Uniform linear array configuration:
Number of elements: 12
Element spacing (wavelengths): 1
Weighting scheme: kaiser
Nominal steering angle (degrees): -15
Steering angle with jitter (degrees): -14.193
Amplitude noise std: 0.05
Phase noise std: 0.05

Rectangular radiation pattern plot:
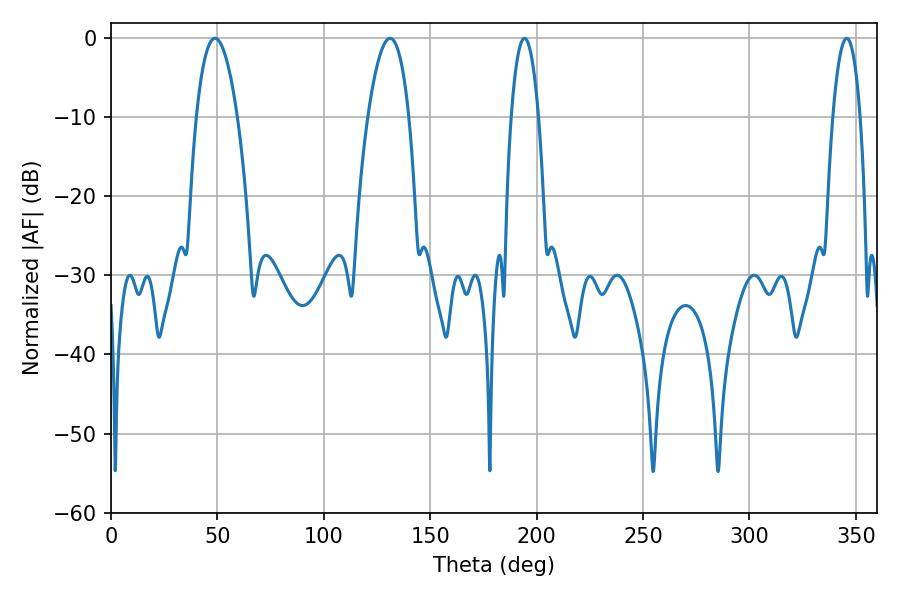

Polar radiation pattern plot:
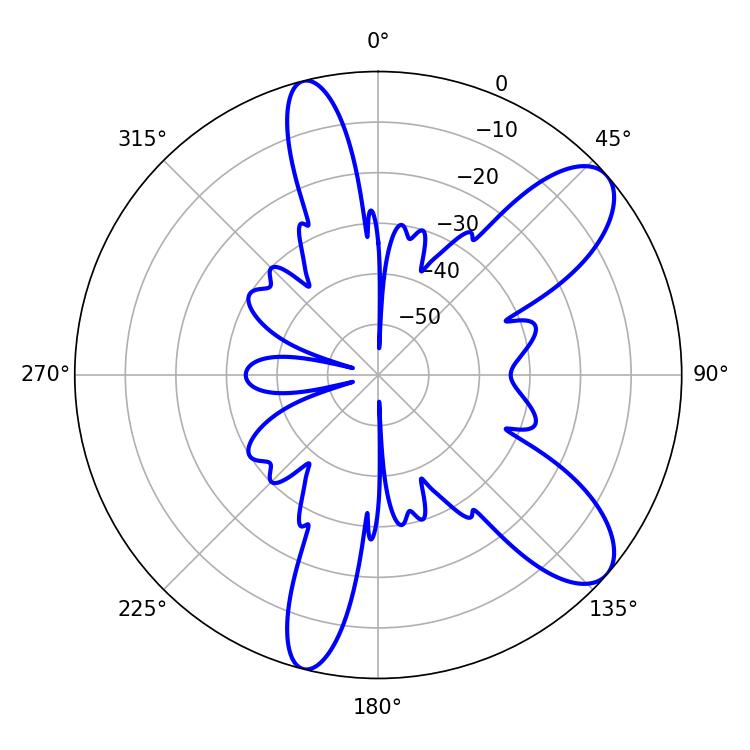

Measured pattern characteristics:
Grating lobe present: TRUE
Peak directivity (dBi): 9.294
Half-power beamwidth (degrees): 10.8
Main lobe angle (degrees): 48.78